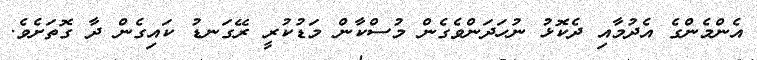
އެންމެންގެ އެދުމާއި ދެކޮޅު ނުހަދަންވެގެން މުސްކާން މަޑުކުރީ ރޭގަނޑު ކައިގެން ދާ ގޮތަށެވެ.